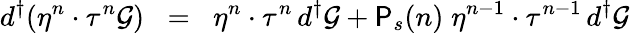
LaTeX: {d^{\dagger}}(\eta^{n}\cdot\tau^{n}{\cal{G}})\; \; =\; \; \eta^{n}\cdot\tau^{n}\, {d^{\dagger}}{\cal{G}}+{\textsf{P}}_{s}(n)\; \eta^{n-1}\cdot\tau^{n-1}\, {d^{\dagger}}{\cal{G}}